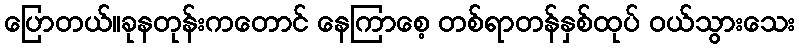
ပြောတယ်။ခုနတုန်းကတောင် နေကြာစေ့ တစ်ရာတန်နှစ်ထုပ် ဝယ်သွားသေး